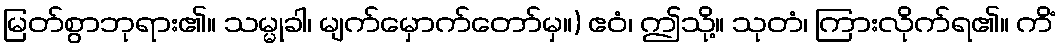
မြတ်စွာဘုရား၏။ သမ္မုခါ၊ မျက်မှောက်တော်မှ။) ဧဝံ၊ ဤသို့။ သုတံ၊ ကြားလိုက်ရ၏။ ကိံ